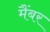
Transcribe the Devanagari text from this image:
मैंबर